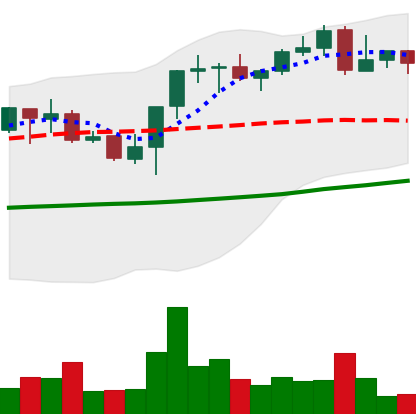
Ticker: BNB-USD
Chart end date: 2021-10-24
Forward return: 11.117%
Label: up_7plus